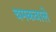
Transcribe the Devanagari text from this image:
चमकवाले